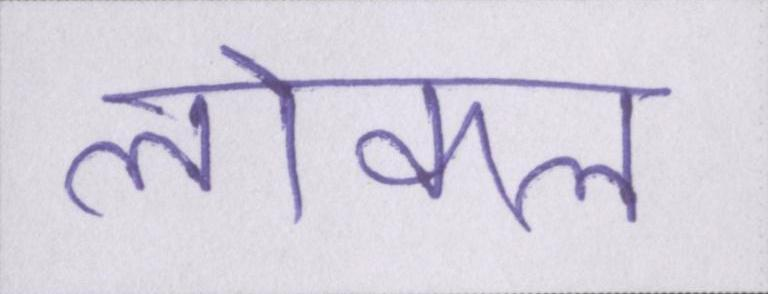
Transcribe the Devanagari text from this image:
लोकल